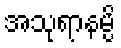
အသုရာနမ္ပိ